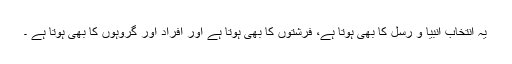
یہ انتخاب انبیا و رسل کا بھی ہوتا ہے، فرشتوں کا بھی ہوتا ہے اور افراد اور گروہوں کا بھی ہوتا ہے ۔